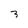
Character: 3